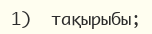
1)  тақырыбы;